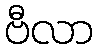
ဗီလာ